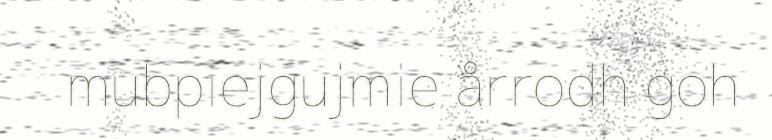
mubpiejgujmie årrodh goh